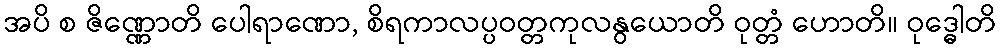
အပိ စ ဇိဏ္ဏောတိ ပေါရာဏော, စိရကာလပ္ပဝတ္တကုလနွယောတိ ဝုတ္တံ ဟောတိ။ ဝုဒ္ဓေါတိ